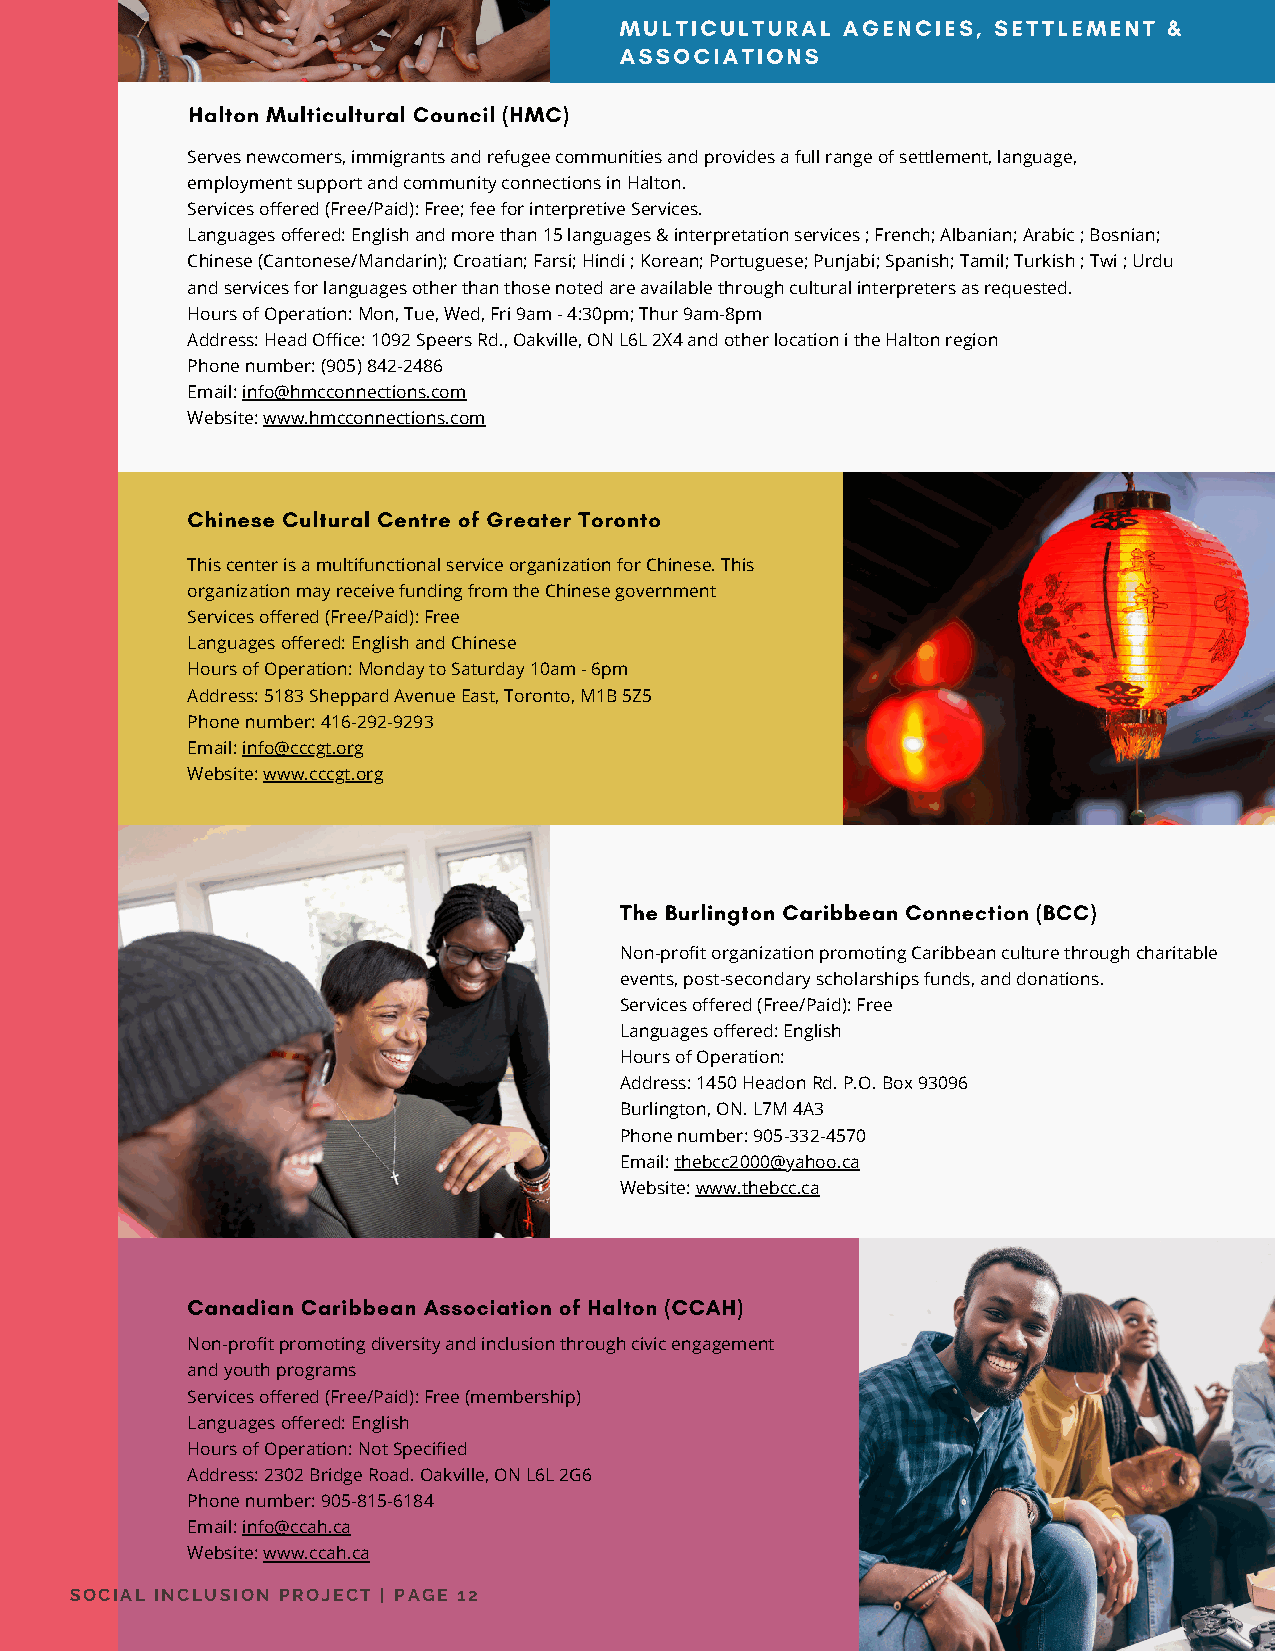
MULTICULTURAL  AGENCIES, SETTLEMENT &
 ASSOCIATIONS
 Halton Multicultural Council (HMC)
 Serves newcomers, immigrants and refugee communities and provides a full range of settlement, language,
 employment support and community connections in Halton.
 Services offered (Free/Paid): Free; fee for interpretive Services.
 Languages offered: English and more than 15 languages & interpretation services ; French; Albanian; Arabic ; Bosnian;
 Chinese (Cantonese/Mandarin); Croatian; Farsi; Hindi ; Korean; Portuguese; Punjabi; Spanish; Tamil; Turkish ; Twi ; Urdu
 and services for languages other than those noted are available through cultural interpreters as requested.
 Hours of Operation: Mon, Tue, Wed, Fri 9am - 4:30pm; Thur 9am-8pm
 Address: Head Office: 1092 Speers Rd., Oakville, ON L6L 2X4 and other location i the Halton region
 Phone number: (905) 842-2486
 Email: info@hmcconnections.com
 Website: www.hmcconnections.com
 Chinese Cultural Centre of Greater Toronto
 This center is a multifunctional service organization for Chinese. This
 organization may receive funding from the Chinese government
 Services offered (Free/Paid): Free
 Languages offered: English and Chinese
 Hours of Operation: Monday to Saturday 10am - 6pm
 Address: 5183 Sheppard Avenue East, Toronto, M1B 5Z5
 Phone number: 416-292-9293
 Email: info@cccgt.org
 Website: www.cccgt.org
 The Burlington Caribbean Connection (BCC)
 Non-profit organization promoting Caribbean culture through charitable
 events, post-secondary scholarships funds, and donations.
 Services offered (Free/Paid): Free
 Languages offered: English
 Hours of Operation:
 Address: 1450 Headon Rd. P.O. Box 93096
 Burlington, ON. L7M 4A3
 Phone number: 905-332-4570
 Email: thebcc2000@yahoo.ca
 Website: www.thebcc.ca
 Canadian Caribbean Association of Halton (CCAH)
 Non-profit promoting diversity and inclusion through civic engagement
 and youth programs
 Services offered (Free/Paid): Free (membership)
 Languages offered: English
 Hours of Operation: Not Specified
 Address: 2302 Bridge Road. Oakville, ON L6L 2G6
 Phone number: 905-815-6184
 Email: info@ccah.ca
 Website: www.ccah.ca
 SOCIAL INCLUSION PROJECT | PAGE 12